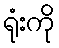
ရုံးကို